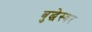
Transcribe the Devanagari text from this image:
बुद्धेस्वर